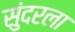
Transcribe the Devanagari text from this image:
सुंदरला